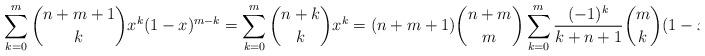
LaTeX: \begin{align*}\sum_{k=0}^m{n+m+1\choose k}x^k (1-x)^{m-k}=\sum_{k=0}^m {n+k\choose k} x^k=(n+m+1){n+m\choose m}\sum_{k=0}^m\frac{(-1)^k}{k+n+1} {m\choose k} (1-x)^k.\end{align*}